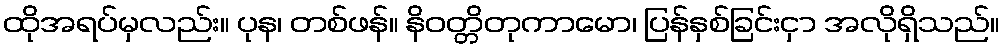
ထိုအရပ်မှလည်း။ ပုန၊ တစ်ဖန်။ နိဝတ္တိတုကာမော၊ ပြန်နှစ်ခြင်းငှာ အလိုရှိသည်။